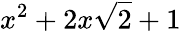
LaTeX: x^{2}+2x\sqrt{2}+1